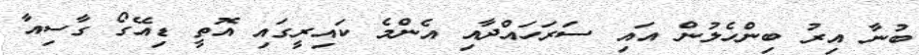
ބުނާ އިރު ބިންހެލުން އައި ސަރަހައްދާއި އެންމެ ކައިރީގައި އޮތީ ޑިއޭގޯ ގާސިއާ